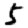
Digit: 5